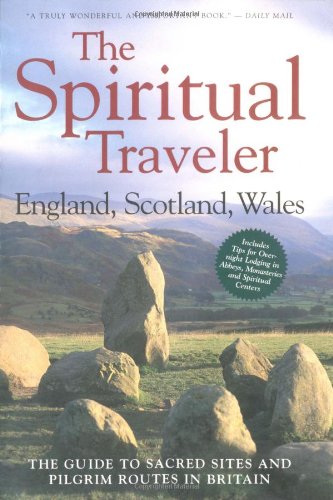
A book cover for England, Scotland, Wales: The Guide to Sacred Sites and Pilgrim Routes in Britain (Spiritual Traveler); Martin Palmer; Travel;